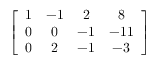
\left[ { \begin{array} { c c c c } { 1 } & { - 1 } & { 2 } & { 8 } \\ { 0 } & { 0 } & { - 1 } & { - 1 1 } \\ { 0 } & { 2 } & { - 1 } & { - 3 } \end{array} } \right]